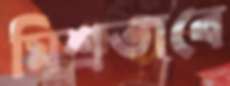
মিশ্রভাবে